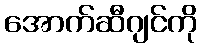
အောက်ဆီဂျင်ကို